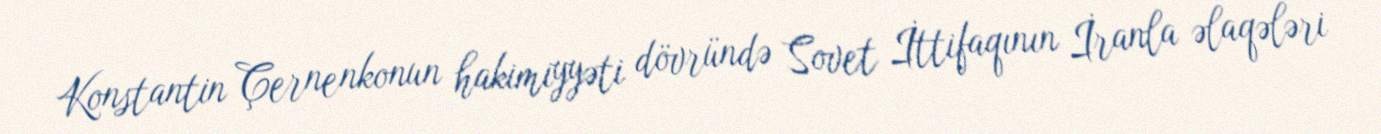
Konstantin Çernenkonun hakimiyyəti dövründə Sovet İttifaqının İranla əlaqələri